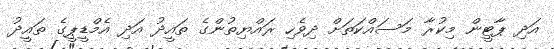
އަދި ޕާޓީން މިކުރާ މަަސައްކަތަށް ދިވެހި ރައްޔިތުންގެ ތައީދު އަދި އެމްޑީޕީގެ ތައީދު